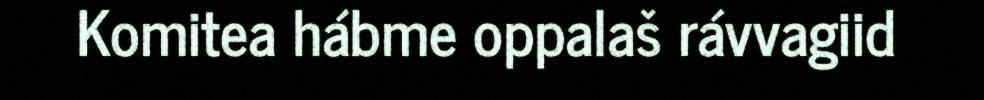
Komitea hábme oppalaš rávvagiid